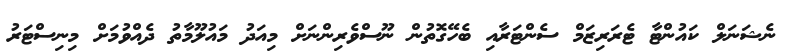
ނެޝަނަލް ކައުންޓާ ޓެރަރިޒަމް ސެންޓަރާއި ބެހޭގޮތުން ނޫސްވެރިންނަށް މިއަދު މައުލޫމާތު ދެއްވުމަށް މިނިސްޓަރު